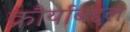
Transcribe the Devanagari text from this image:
क्रौर्याबद्दल